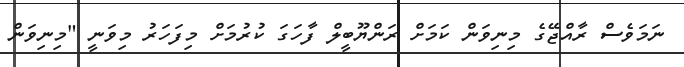
ނަމަވެސް ރާއްޖޭގެ މިނިވަން ކަމަށް ރަންޔޫބީލް ފާހަގަ ކުރުމަށް މިފަހަރު މިވަނީ "މިނިވަން